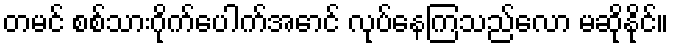
တမင် စစ်သားဂိုက်ပေါက်အောင် လုပ်နေကြသည်လော မဆိုနိုင်။